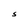
Character: S